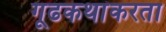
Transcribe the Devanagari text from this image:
गूढकथांकरता